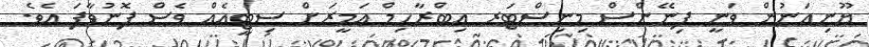
ޔޫނިއަނުން ވަނީ ފިނޭންސް މިނިސްޓަރ އިބްރާހިމް އަމީރަށް ސިޓީއެއް ވެސް ފޮނުވާފަ އެވެ.